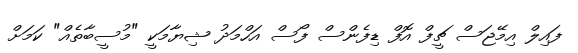
ފައިލް އިމޭޖަސް ޗީފް އޮފް ޑިފެންސް ފޯސް އަހްމަދު ޝިޔާމަކީ "މުސީބާތެއް" ކަމަށް